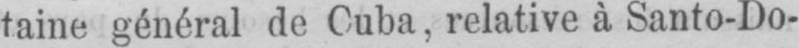
taine général de Cuba, relative à Santo-Do-